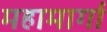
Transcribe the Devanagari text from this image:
महामार्गा